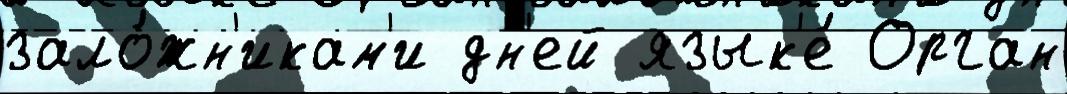
зало́жн'икам'и дн'ей язык'е́ Орган